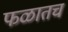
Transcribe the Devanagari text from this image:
फळातच